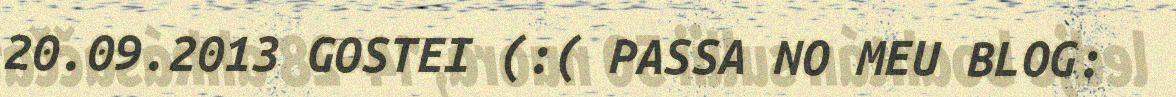
20.09.2013 GOSTEI (:( PASSA NO MEU BLOG: